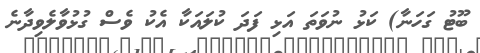
ބޫޓު ގަހަނާ) ކަޅު ނުވަތަ އަޅި ފަދަ ކުލައަކާ އެކު ވެސް ގުޅުވާލެވިދާނެ